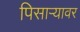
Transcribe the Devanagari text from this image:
पिसाऱ्यावर